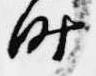
時